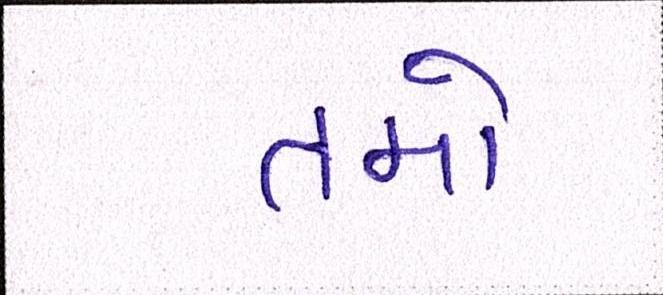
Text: તમો